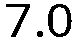
7.0